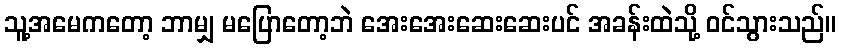
သူ့အမေကတော့ ဘာမျှ မပြောတော့ဘဲ အေးအေးဆေးဆေးပင် အခန်းထဲသို့ ဝင်သွားသည်။